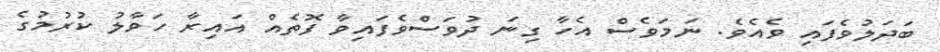
ބަދަލުވެފައި ވެއެވެ. ނަމަވެސް އެހާ ގިނަ ދުވަސްވެފައިވާ ފޮތެއް އައިރާ ހަވާލު ކުރުމުގެ